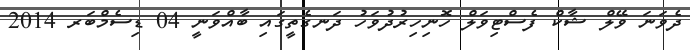
ދެވަނަ ވޭލް ޝާކް ފެސްޓިވަލް ހޮނިހިރުދުވަހު ދަނގެތީގައި ބާއްވަނީ 04 ޑިސެމްބަރ 2014